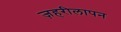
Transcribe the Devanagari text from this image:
ज़हरीलापन